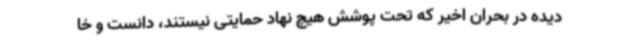
دیده در بحران اخیر که تحت پوشش هیچ نهاد حمایتی نیستند، دانست و خا